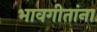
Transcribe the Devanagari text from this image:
भावगीतांना